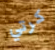
كرتي